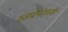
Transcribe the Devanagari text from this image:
स्ताव्रोपोलस्की